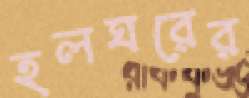
হলঘরের